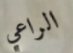
الراعي